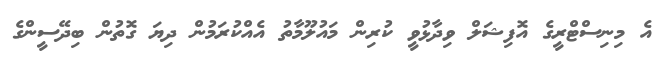
އެ މިނިސްޓްރީގެ އޮފިޝަލް ވިދާޅުވީ ކުރިން މައުލޫމާތު އެއްކުރަމުން ދިޔަ ގޮތުން ބިދޭސީންގެ